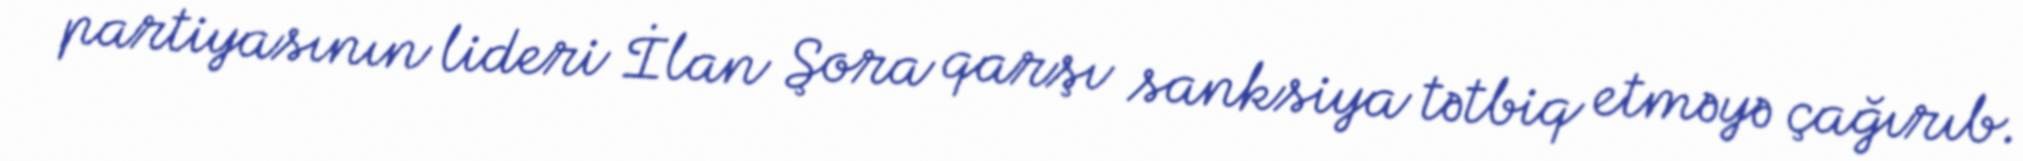
partiyasının lideri İlan Şora qarşı sanksiya tətbiq etməyə çağırıb.